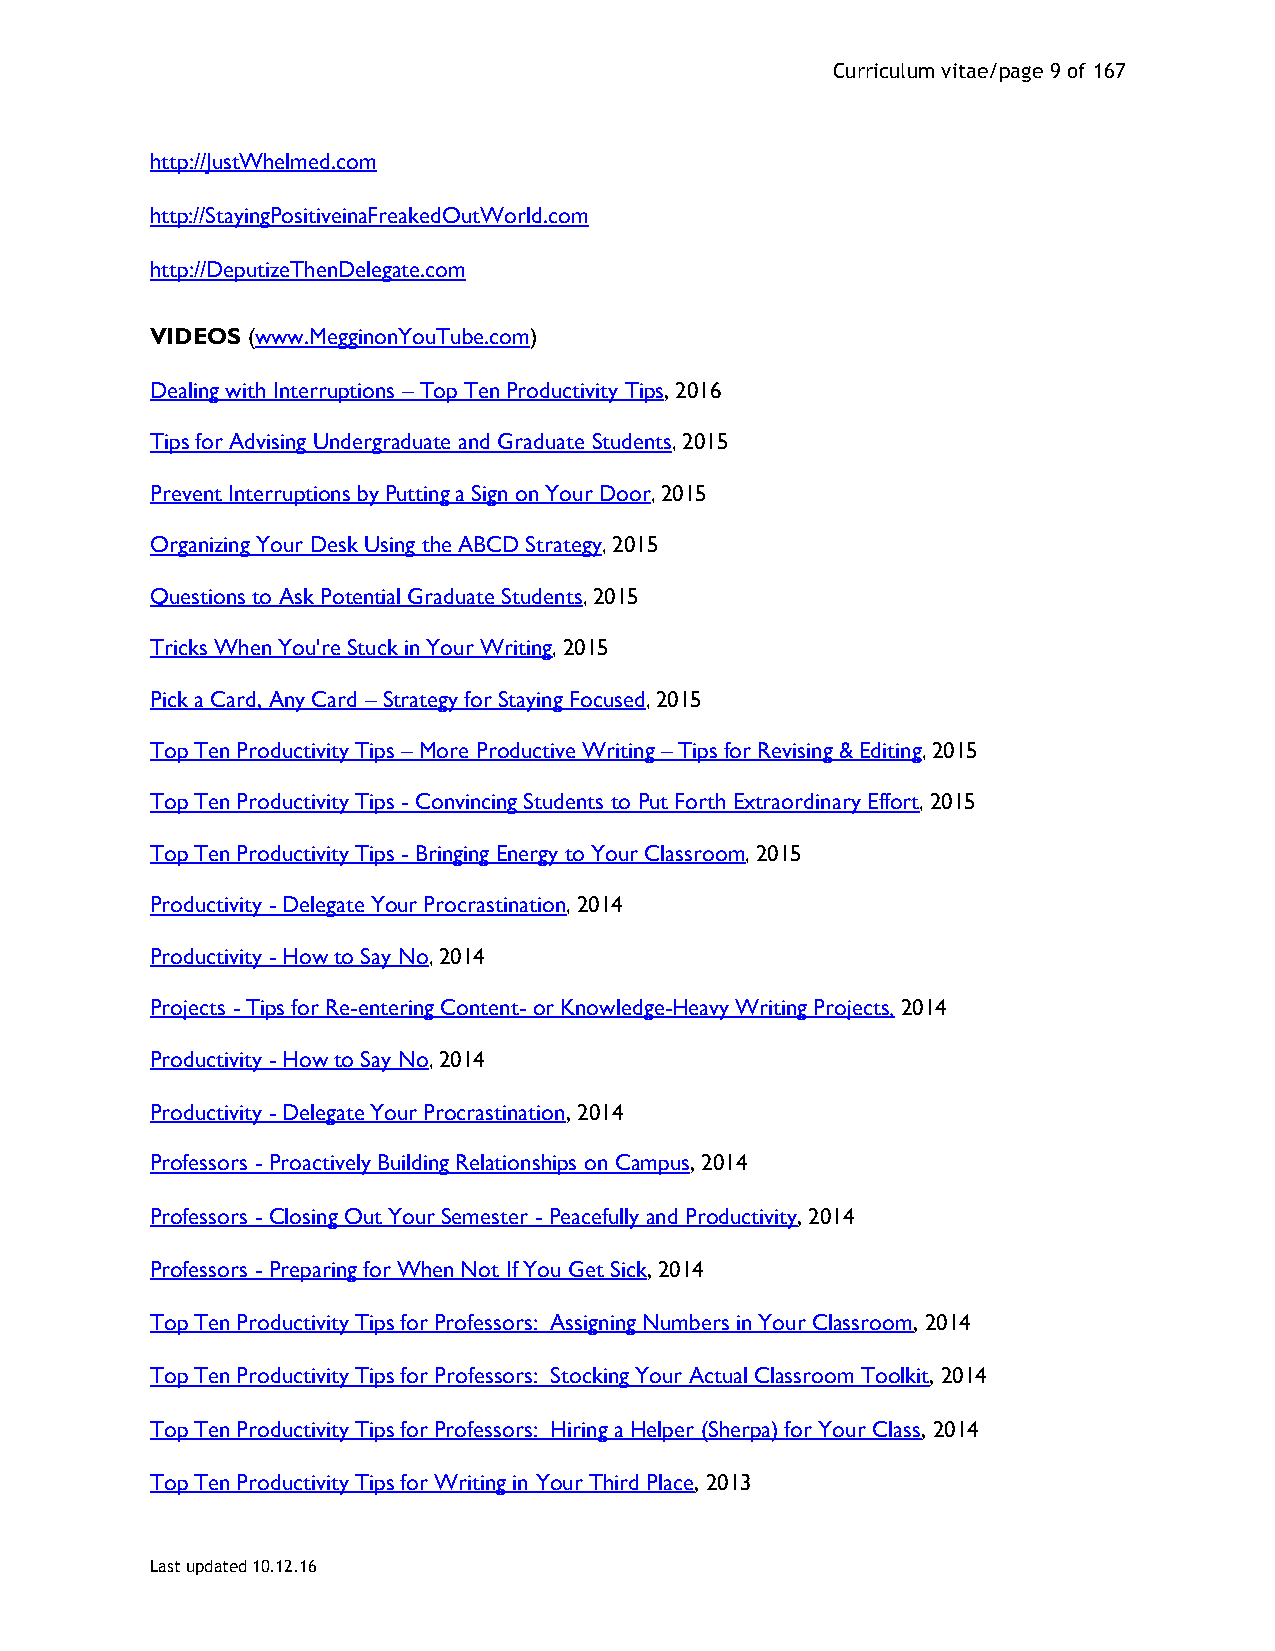
Curriculum vitae/page 9 of 167
 http://JustWhelmed.com
 http://StayingPositiveinaFreakedOutWorld.com
 http://DeputizeThenDelegate.com
 VIDEOS (www.MegginonYouTube.com)
 Dealing with Interruptions – Top Ten Productivity Tips, 2016
 Tips for Advising Undergraduate and Graduate Students, 2015
 Prevent Interruptions by Putting a Sign on Your Door, 2015
 Organizing Your Desk Using the ABCD Strategy, 2015
 Questions to Ask Potential Graduate Students, 2015
 Tricks When You're Stuck in Your Writing, 2015
 Pick a Card, Any Card – Strategy for Staying Focused, 2015
 Top Ten Productivity Tips – More Productive Writing – Tips for Revising & Editing, 2015
 Top Ten Productivity Tips - Convincing Students to Put Forth Extraordinary Effort, 2015
 Top Ten Productivity Tips - Bringing Energy to Your Classroom, 2015
 Productivity - Delegate Your Procrastination, 2014
 Productivity - How to Say No, 2014
 Projects - Tips for Re-entering Content- or Knowledge-Heavy Writing Projects, 2014
 Productivity - How to Say No, 2014
 Productivity - Delegate Your Procrastination, 2014
 Professors - Proactively Building Relationships on Campus, 2014
 Professors - Closing Out Your Semester - Peacefully and Productivity, 2014
 Professors - Preparing for When Not If You Get Sick, 2014
 Top Ten Productivity Tips for Professors: Assigning Numbers in Your Classroom, 2014
 Top Ten Productivity Tips for Professors: Stocking Your Actual Classroom Toolkit, 2014
 Top Ten Productivity Tips for Professors: Hiring a Helper (Sherpa) for Your Class, 2014
 Top Ten Productivity Tips for Writing in Your Third Place, 2013
 Last updated 10.12.16